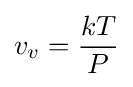
v_{v}={\frac {kT}{P}}